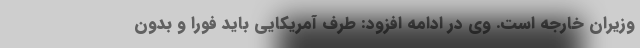
وزیران خارجه است. وی در ادامه افزود: طرف آمریکایی باید فورا و بدون